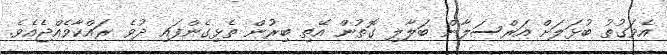
އެވަގުތު ބުޅަލަށް އަރްސަލާން ބަލާލި ގޮތުން އޭތި ބިރުން ތެޅިގެންފައި ދުވެ ރައްކާވެއްޖެއެވެ.